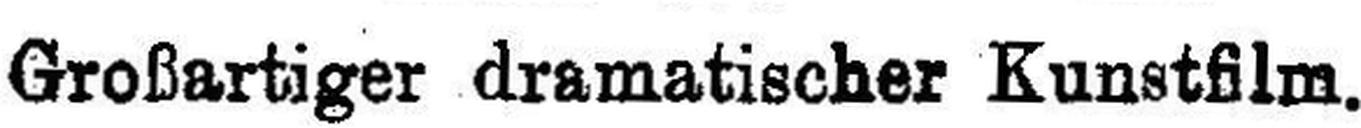
Großartiger dramatischer Kunstfilm.